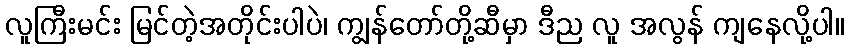
လူကြီးမင်း မြင်တဲ့အတိုင်းပါပဲ၊ ကျွန်တော်တို့ဆီမှာ ဒီည လူ အလွန် ကျနေလို့ပါ။